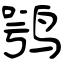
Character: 鹗